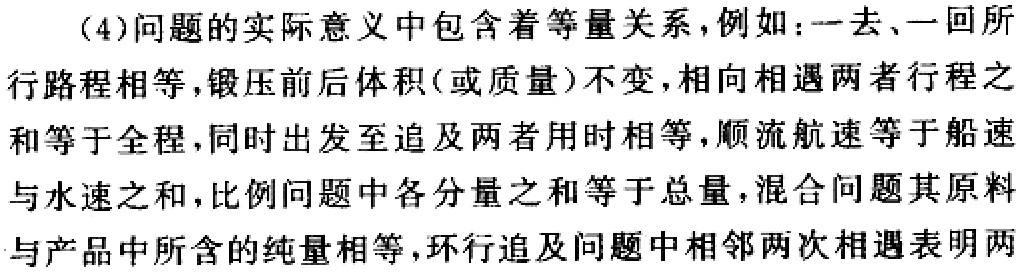
（4）问题的实际意义中包含着等量关系，例如：一去、一回所
行路程相等，锻压前后体积(或质量)不变，相向相遇两者行程之
和等于全程，同时出发至追及两者用时相等，顺流航速等于船速
与水速之和，比例问题中各分量之和等于总量，混合问题其原料
与产品中所含的纯量相等，环行追及问题中相邻两次相遇表明两